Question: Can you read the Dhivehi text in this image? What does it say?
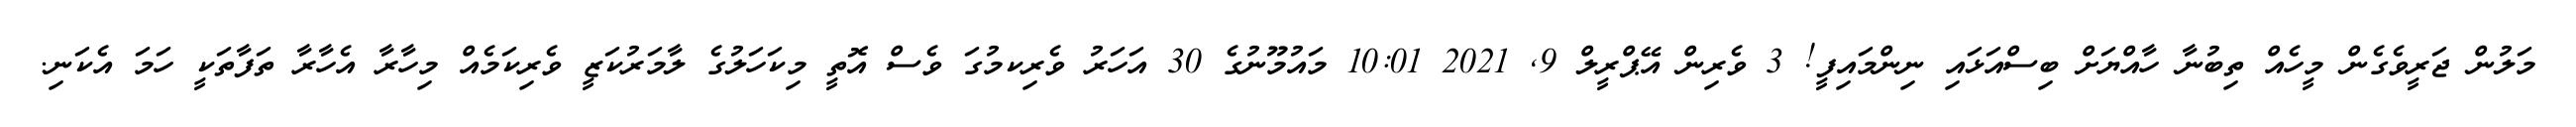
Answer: މަލުން ޖަރީވެގެން މީހެއް ތިބުނާ ހާއްޔަށް ބިސްއަޅައި ނިންމައިފީ! 3 ވެރިން އޭޕްރީލް 9, 2021 10:01 މައުމޫނުގެ 30 އަހަރު ވެރިކމުގަ ވެސް އޮތީ މިކަހަލުގެ ލާމަރުކަޒީ ވެރިކަމެއް މިހާރާ އެހާރާ ތަފާތަކީ ހަމަ އެކަނި.